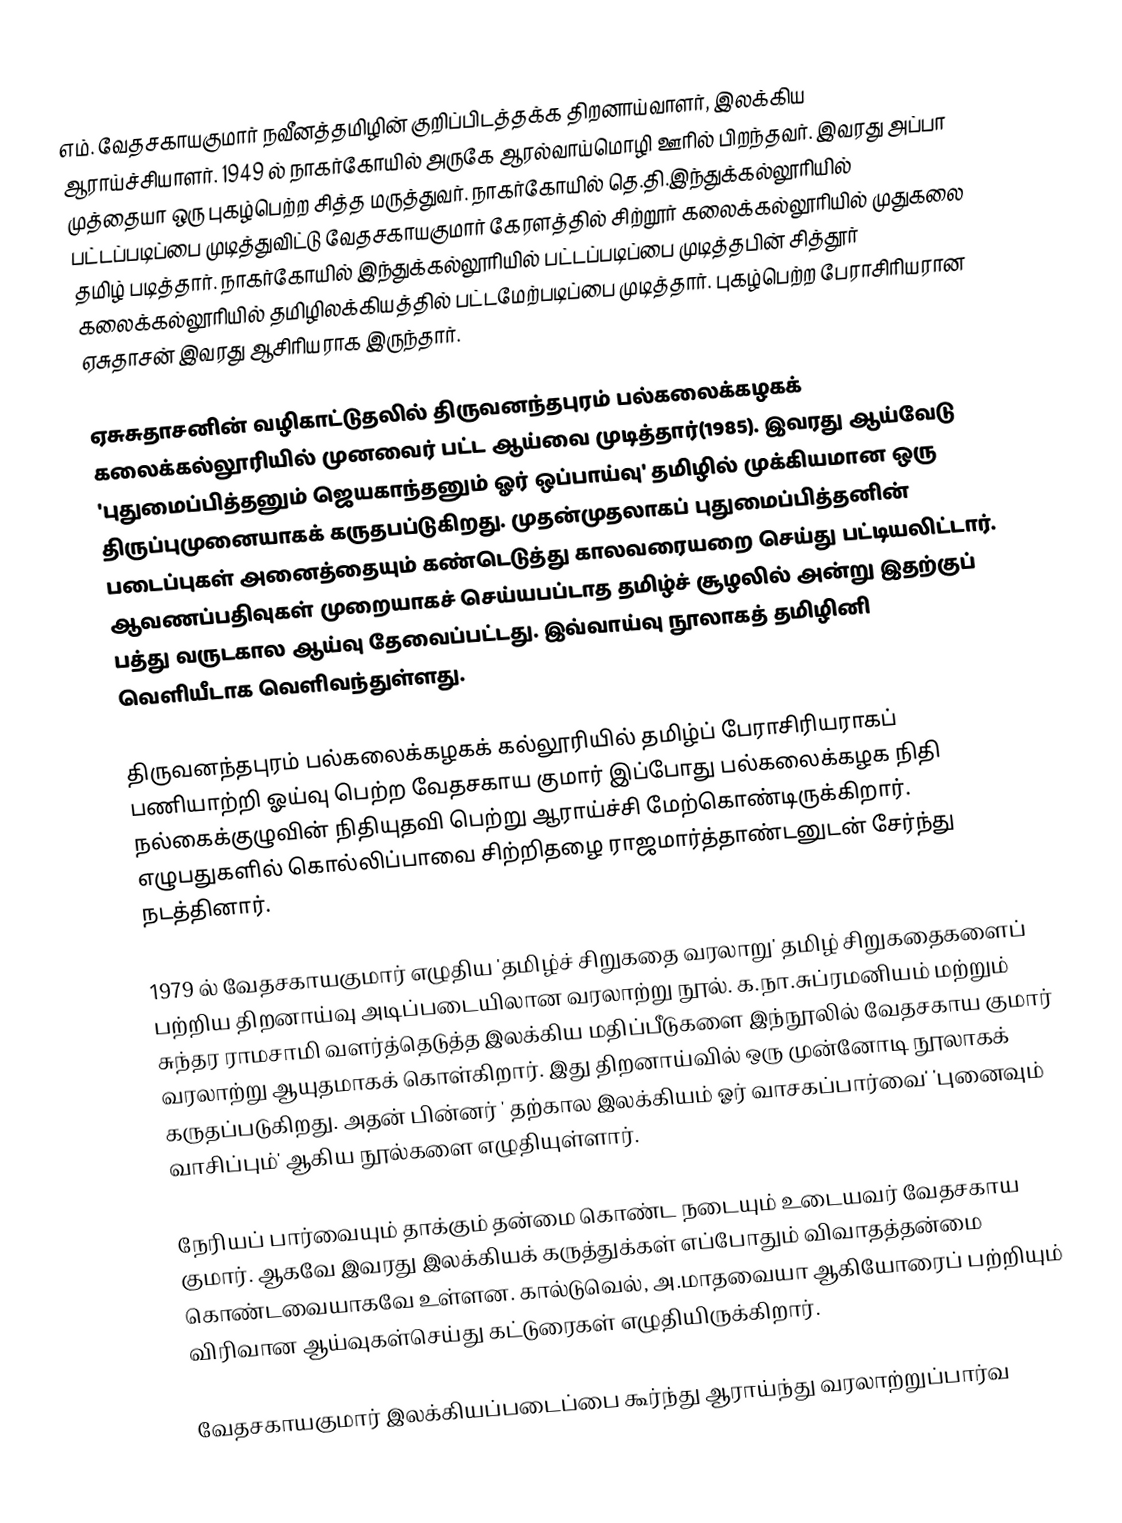
எம். வேதசகாயகுமார் நவீனத்தமிழின் குறிப்பிடத்தக்க திறனாய்வாளர், இலக்கிய ஆராய்ச்சியாளர். 1949 ல் நாகர்கோயில் அருகே ஆரல்வாய்மொழி ஊரில் பிறந்தவர். இவரது அப்பா முத்தையா ஒரு புகழ்பெற்ற சித்த மருத்துவர். நாகர்கோயில் தெ.தி.இந்துக்கல்லூரியில் பட்டப்படிப்பை முடித்துவிட்டு வேதசகாயகுமார் கேரளத்தில் சிற்றூர் கலைக்கல்லூரியில் முதுகலை தமிழ் படித்தார்.   நாகர்கோயில் இந்துக்கல்லூரியில் பட்டப்படிப்பை முடித்தபின் சித்தூர் கலைக்கல்லூரியில் தமிழிலக்கியத்தில் பட்டமேற்படிப்பை முடித்தார்.  புகழ்பெற்ற பேராசிரியரான ஏசுதாசன் இவரது ஆசிரியராக இருந்தார்.

ஏசுசுதாசனின் வழிகாட்டுதலில் திருவனந்தபுரம் பல்கலைக்கழகக் கலைக்கல்லூரியில் முனவைர் பட்ட  ஆய்வை முடித்தார்(1985). இவரது ஆய்வேடு 'புதுமைப்பித்தனும் ஜெயகாந்தனும் ஓர் ஒப்பாய்வு' தமிழில் முக்கியமான ஒரு திருப்புமுனையாகக் கருதபப்டுகிறது. முதன்முதலாகப் புதுமைப்பித்தனின் படைப்புகள் அனைத்தையும் கண்டெடுத்து காலவரையறை செய்து பட்டியலிட்டார்.  ஆவணப்பதிவுகள் முறையாகச் செய்யபப்டாத தமிழ்ச் சூழலில் அன்று இதற்குப் பத்து வருடகால ஆய்வு தேவைப்பட்டது. இவ்வாய்வு நூலாகத் தமிழினி வெளியீடாக வெளிவந்துள்ளது.

திருவனந்தபுரம் பல்கலைக்கழகக் கல்லூரியில் தமிழ்ப் பேராசிரியராகப் பணியாற்றி ஓய்வு பெற்ற வேதசகாய குமார் இப்போது பல்கலைக்கழக நிதி நல்கைக்குழுவின் நிதியுதவி பெற்று ஆராய்ச்சி மேற்கொண்டிருக்கிறார். எழுபதுகளில் கொல்லிப்பாவை சிற்றிதழை ராஜமார்த்தாண்டனுடன் சேர்ந்து நடத்தினார்.

1979 ல் வேதசகாயகுமார் எழுதிய 'தமிழ்ச் சிறுகதை வரலாறு' தமிழ் சிறுகதைகளைப் பற்றிய திறனாய்வு அடிப்படையிலான வரலாற்று நூல். க.நா.சுப்ரமனியம் மற்றும் சுந்தர ராமசாமி வளர்த்தெடுத்த இலக்கிய மதிப்பீடுகளை இந்நூலில் வேதசகாய குமார் வரலாற்று ஆயுதமாகக் கொள்கிறார். இது திறனாய்வில் ஒரு முன்னோடி நூலாகக் கருதப்படுகிறது. அதன் பின்னர் ' தற்கால இலக்கியம் ஓர் வாசகப்பார்வை'  'புனைவும் வாசிப்பும்' ஆகிய நூல்களை எழுதியுள்ளார்.

நேரியப் பார்வையும் தாக்கும் தன்மை கொண்ட நடையும் உடையவர் வேதசகாய குமார். ஆகவே இவரது இலக்கியக் கருத்துக்கள் எப்போதும் விவாதத்தன்மை கொண்டவையாகவே உள்ளன. கால்டுவெல், அ.மாதவையா ஆகியோரைப் பற்றியும் விரிவான ஆய்வுகள்செய்து கட்டுரைகள் எழுதியிருக்கிறார்.

வேதசகாயகுமார் இலக்கியப்படைப்பை கூர்ந்து ஆராய்ந்து வரலாற்றுப்பார்வ